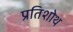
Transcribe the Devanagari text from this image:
प्रतिशोथ